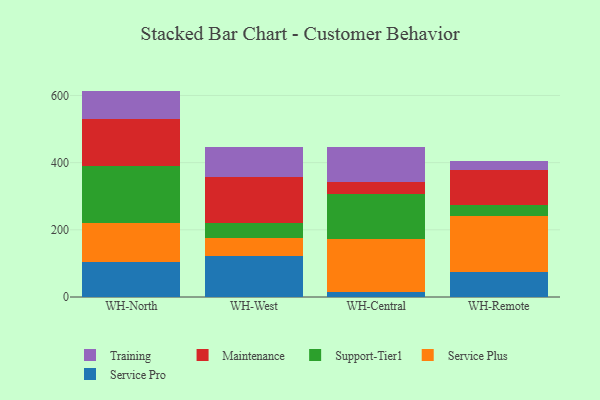
{"axis": {"x": "Warehouse", "y": "Shipments"}, "legend": ["Maintenance", "Service Plus", "Service Pro", "Support-Tier1", "Training"], "data": [{"x": "WH-North", "y": 103.8, "type": "Service Pro"}, {"x": "WH-North", "y": 117.3, "type": "Service Plus"}, {"x": "WH-North", "y": 168.9, "type": "Support-Tier1"}, {"x": "WH-North", "y": 139.0, "type": "Maintenance"}, {"x": "WH-North", "y": 84.8, "type": "Training"}, {"x": "WH-West", "y": 121.6, "type": "Service Pro"}, {"x": "WH-West", "y": 53.5, "type": "Service Plus"}, {"x": "WH-West", "y": 45.5, "type": "Support-Tier1"}, {"x": "WH-West", "y": 137.1, "type": "Maintenance"}, {"x": "WH-West", "y": 88.3, "type": "Training"}, {"x": "WH-Central", "y": 16.3, "type": "Service Pro"}, {"x": "WH-Central", "y": 156.0, "type": "Service Plus"}, {"x": "WH-Central", "y": 133.8, "type": "Support-Tier1"}, {"x": "WH-Central", "y": 36.1, "type": "Maintenance"}, {"x": "WH-Central", "y": 103.2, "type": "Training"}, {"x": "WH-Remote", "y": 75.9, "type": "Service Pro"}, {"x": "WH-Remote", "y": 165.3, "type": "Service Plus"}, {"x": "WH-Remote", "y": 33.8, "type": "Support-Tier1"}, {"x": "WH-Remote", "y": 101.9, "type": "Maintenance"}, {"x": "WH-Remote", "y": 28.1, "type": "Training"}]}